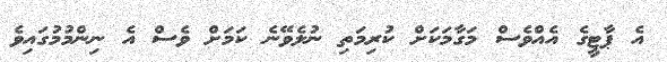
އެ ޕާޓީގެ އެއްވެސް މަގާމަކަށް ކުރިމަތި ނުލެވޭނެ ކަމަށް ވެސް އެ ނިންމުމުގައިވެ